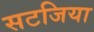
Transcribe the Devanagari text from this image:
सटजिया